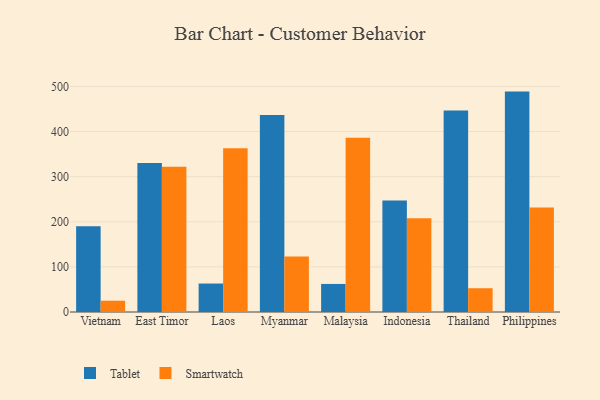
{"axis": {"x": "Country", "y": "Tickets Resolved"}, "legend": ["Smartwatch", "Tablet"], "data": [{"x": "Vietnam", "y": 190.0, "type": "Tablet"}, {"x": "Vietnam", "y": 25.0, "type": "Smartwatch"}, {"x": "East Timor", "y": 330.5, "type": "Tablet"}, {"x": "East Timor", "y": 322.1, "type": "Smartwatch"}, {"x": "Laos", "y": 63.1, "type": "Tablet"}, {"x": "Laos", "y": 362.9, "type": "Smartwatch"}, {"x": "Myanmar", "y": 436.8, "type": "Tablet"}, {"x": "Myanmar", "y": 122.9, "type": "Smartwatch"}, {"x": "Malaysia", "y": 62.2, "type": "Tablet"}, {"x": "Malaysia", "y": 386.3, "type": "Smartwatch"}, {"x": "Indonesia", "y": 247.2, "type": "Tablet"}, {"x": "Indonesia", "y": 207.6, "type": "Smartwatch"}, {"x": "Thailand", "y": 446.7, "type": "Tablet"}, {"x": "Thailand", "y": 52.7, "type": "Smartwatch"}, {"x": "Philippines", "y": 488.6, "type": "Tablet"}, {"x": "Philippines", "y": 231.6, "type": "Smartwatch"}]}